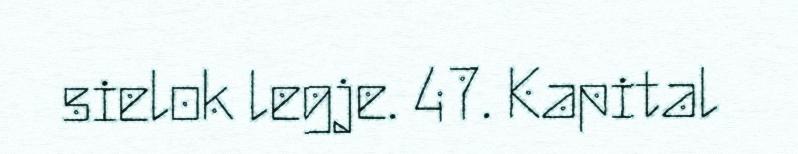
sielok legje. 47. Kapital